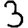
Digit: 3